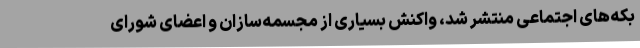
بکه‌های اجتماعی منتشر شد، واکنش بسیاری از مجسمه‌سازان و اعضای شورای